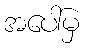
အပေါ်မှ